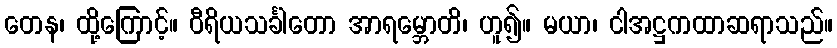
တေန၊ ထို့ကြောင့်။ ဝီရိယသင်္ခါတော အာရမ္ဘောတိ၊ ဟူ၍။ မယာ၊ ငါအဋ္ဌကထာဆရာသည်။